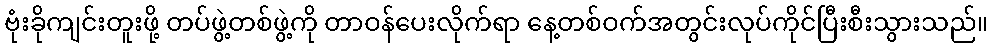
ဗုံးခိုကျင်းတူးဖို့ တပ်ဖွဲ့တစ်ဖွဲ့ကို တာဝန်ပေးလိုက်ရာ နေ့တစ်ဝက်အတွင်းလုပ်ကိုင်ပြီးစီးသွားသည်။